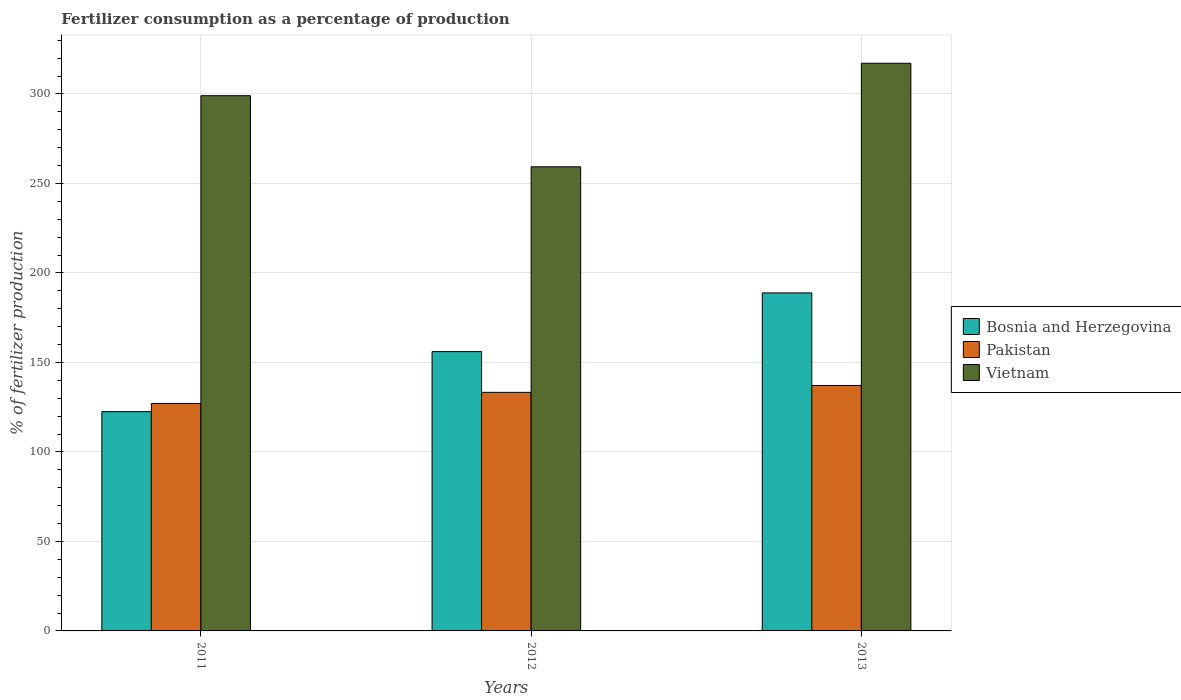
| Years | Bosnia and Herzegovina | Pakistan | Vietnam |
 | --- | --- | --- | --- |
 | 2011 | 122 | 127 | 299 |
 | 2012 | 156 | 133 | 259 |
 | 2013 | 189 | 137 | 317 |